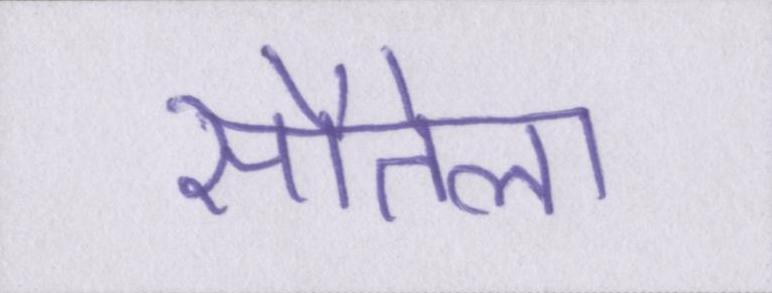
सौतेला